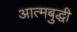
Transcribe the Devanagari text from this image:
आत्मबुद्धी